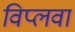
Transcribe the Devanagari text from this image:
विप्लवा